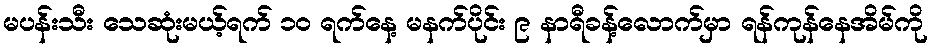
မပန်းသီး သေဆုံးမယ့်ရက် ၁၀ ရက်နေ့ မနက်ပိုင်း ၉ နာရီခန့်လောက်မှာ ရန်ကုန်နေအိမ်ကို